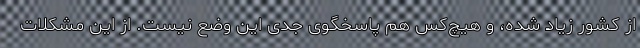
از کشور زیاد شده، و هیچ‌کس هم پاسخگوی جدی این وضع نیست. از این مشکلات